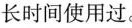
长时间使用过。